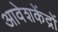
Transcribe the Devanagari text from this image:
आवेशकेंद्रों